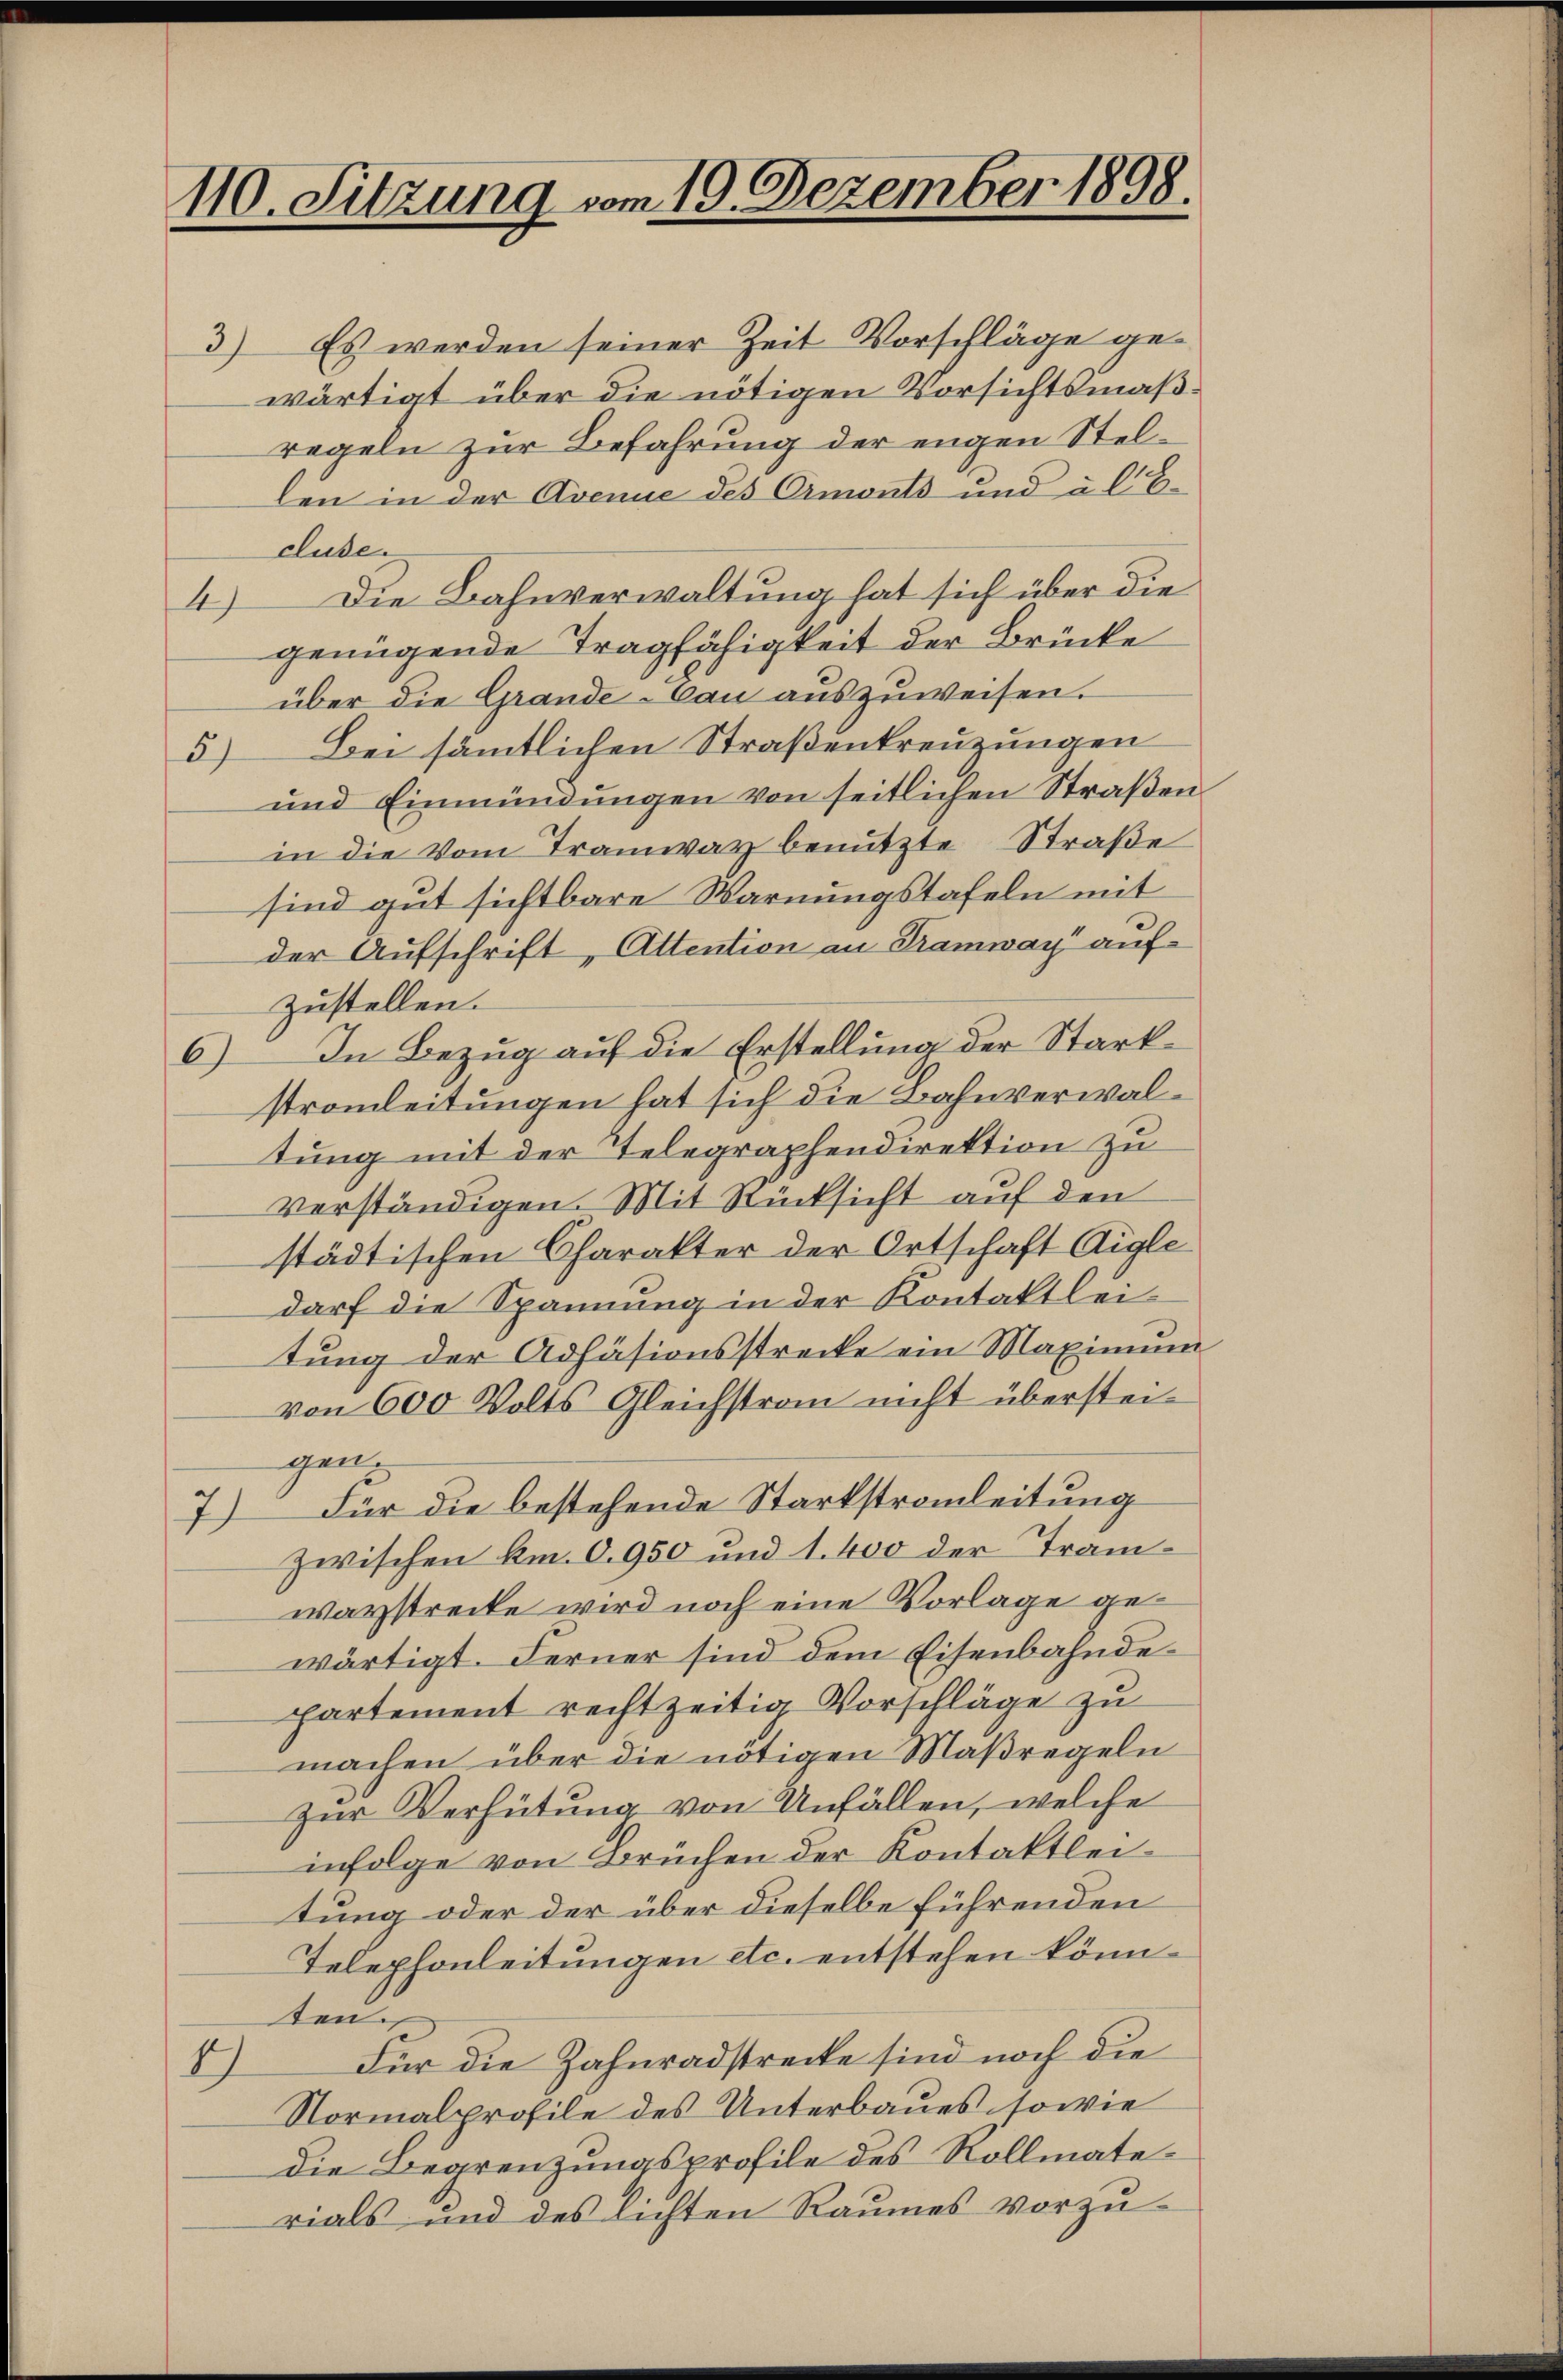
110. Sitzung vom 19. Dezember 1898.

3) Es werden seiner Zeit Vorschläge gewärtigt über die nötigen Vorsichtsmäßregeln zur Befahrung der engen Stellen in der Avenue des Ormonts und als E
Cluse.
Die Bahnverwaltung hat sich über die
4
genügende Tragfähigkeit der Brücke
über die Grande-Can aŭszŭweisen.
5) Bei sämmtlichen Straßenkreuzungen
und Einmündŭngen von seitlichen Straβen
in die Vom Tramway benutzte Straße
sind gut sichtbare Warnungstafeln mit
der Aufschrift, Attention an Tramway aufzustellen.
6) In Bezug auf die Erstellung der Starkstromleitungen hat sich die Bahnverwaltung mit der Telegraphendirektion zu
verständigen. Mit Rücksicht auf den
städtischen Charakter der Ortschaft Aigle
darf die Spannung in der Kontaktleitung der Adhäsionsstrecke ein Maximum
von 600 Volts Gleichstrom nicht übersteigen
7) Für die bestehende Starkstrauleitung
zwischen km. O. 950 und 1. 400 der Tramwaystreite wird noch eine Vorlage gewärtigt. Ferner sind dem Eisenbahnde
partement rechtzeitig Vorschläge zu
machen über die nötigen Maßregeln
zur Verhütung von Unfällen, welche
infolge von Brüchen der Kontaktleitung oder der über dieselbe führenden
Telephonleitungen etc. entstehen könnteun
Für die Zahnradstrecke sind noch die
17
Normalprofile des Unterbaues sowie
die Begrenzungsprofile des Rollmaterials und des Lichten Raumes vorzu¬